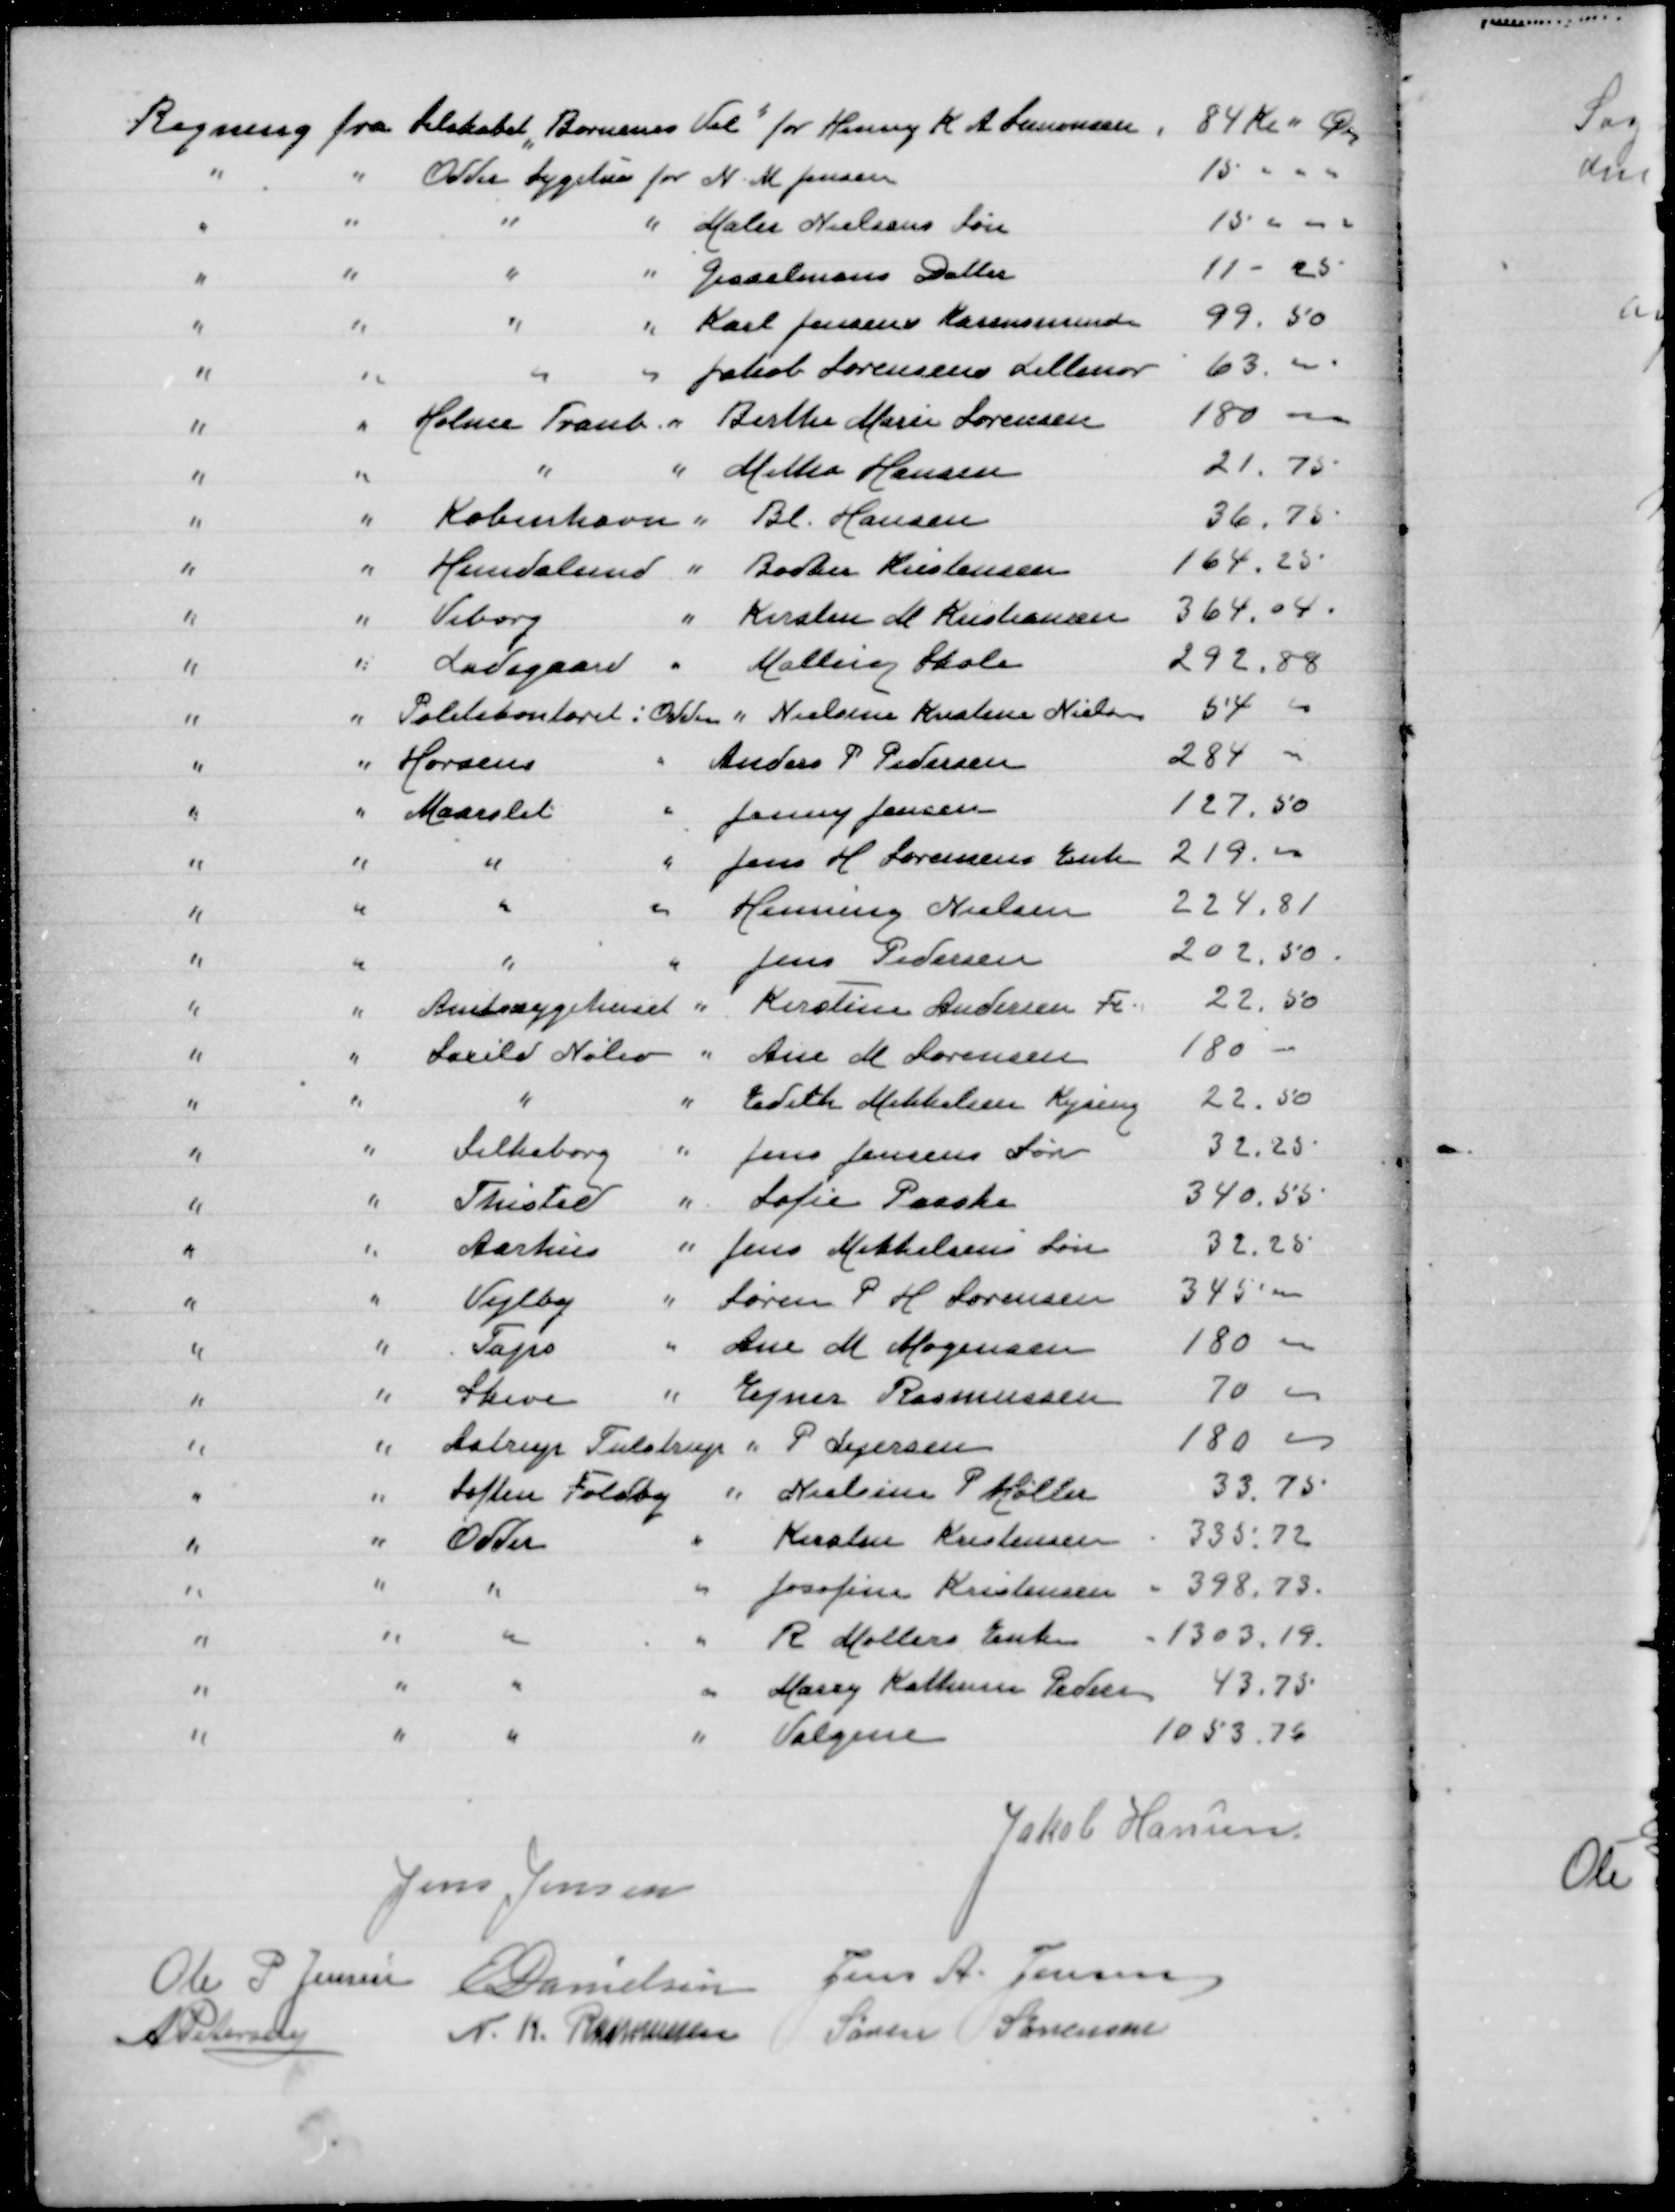
Transskription:
Jakob Hansen
Jens Jensen
Ole P Jensen
E Danielsen
Jens A. Jensen
A Petersen
N. K. Rasmussen
Søren Sørensen